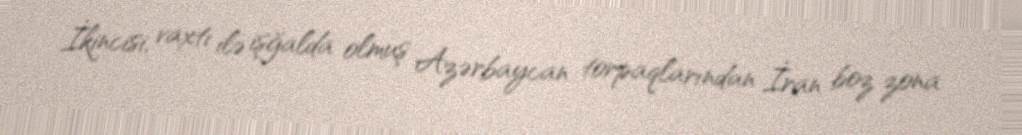
İkincisi, vaxtı ilə işğalda olmuş Azərbaycan torpaqlarından İran boz zona